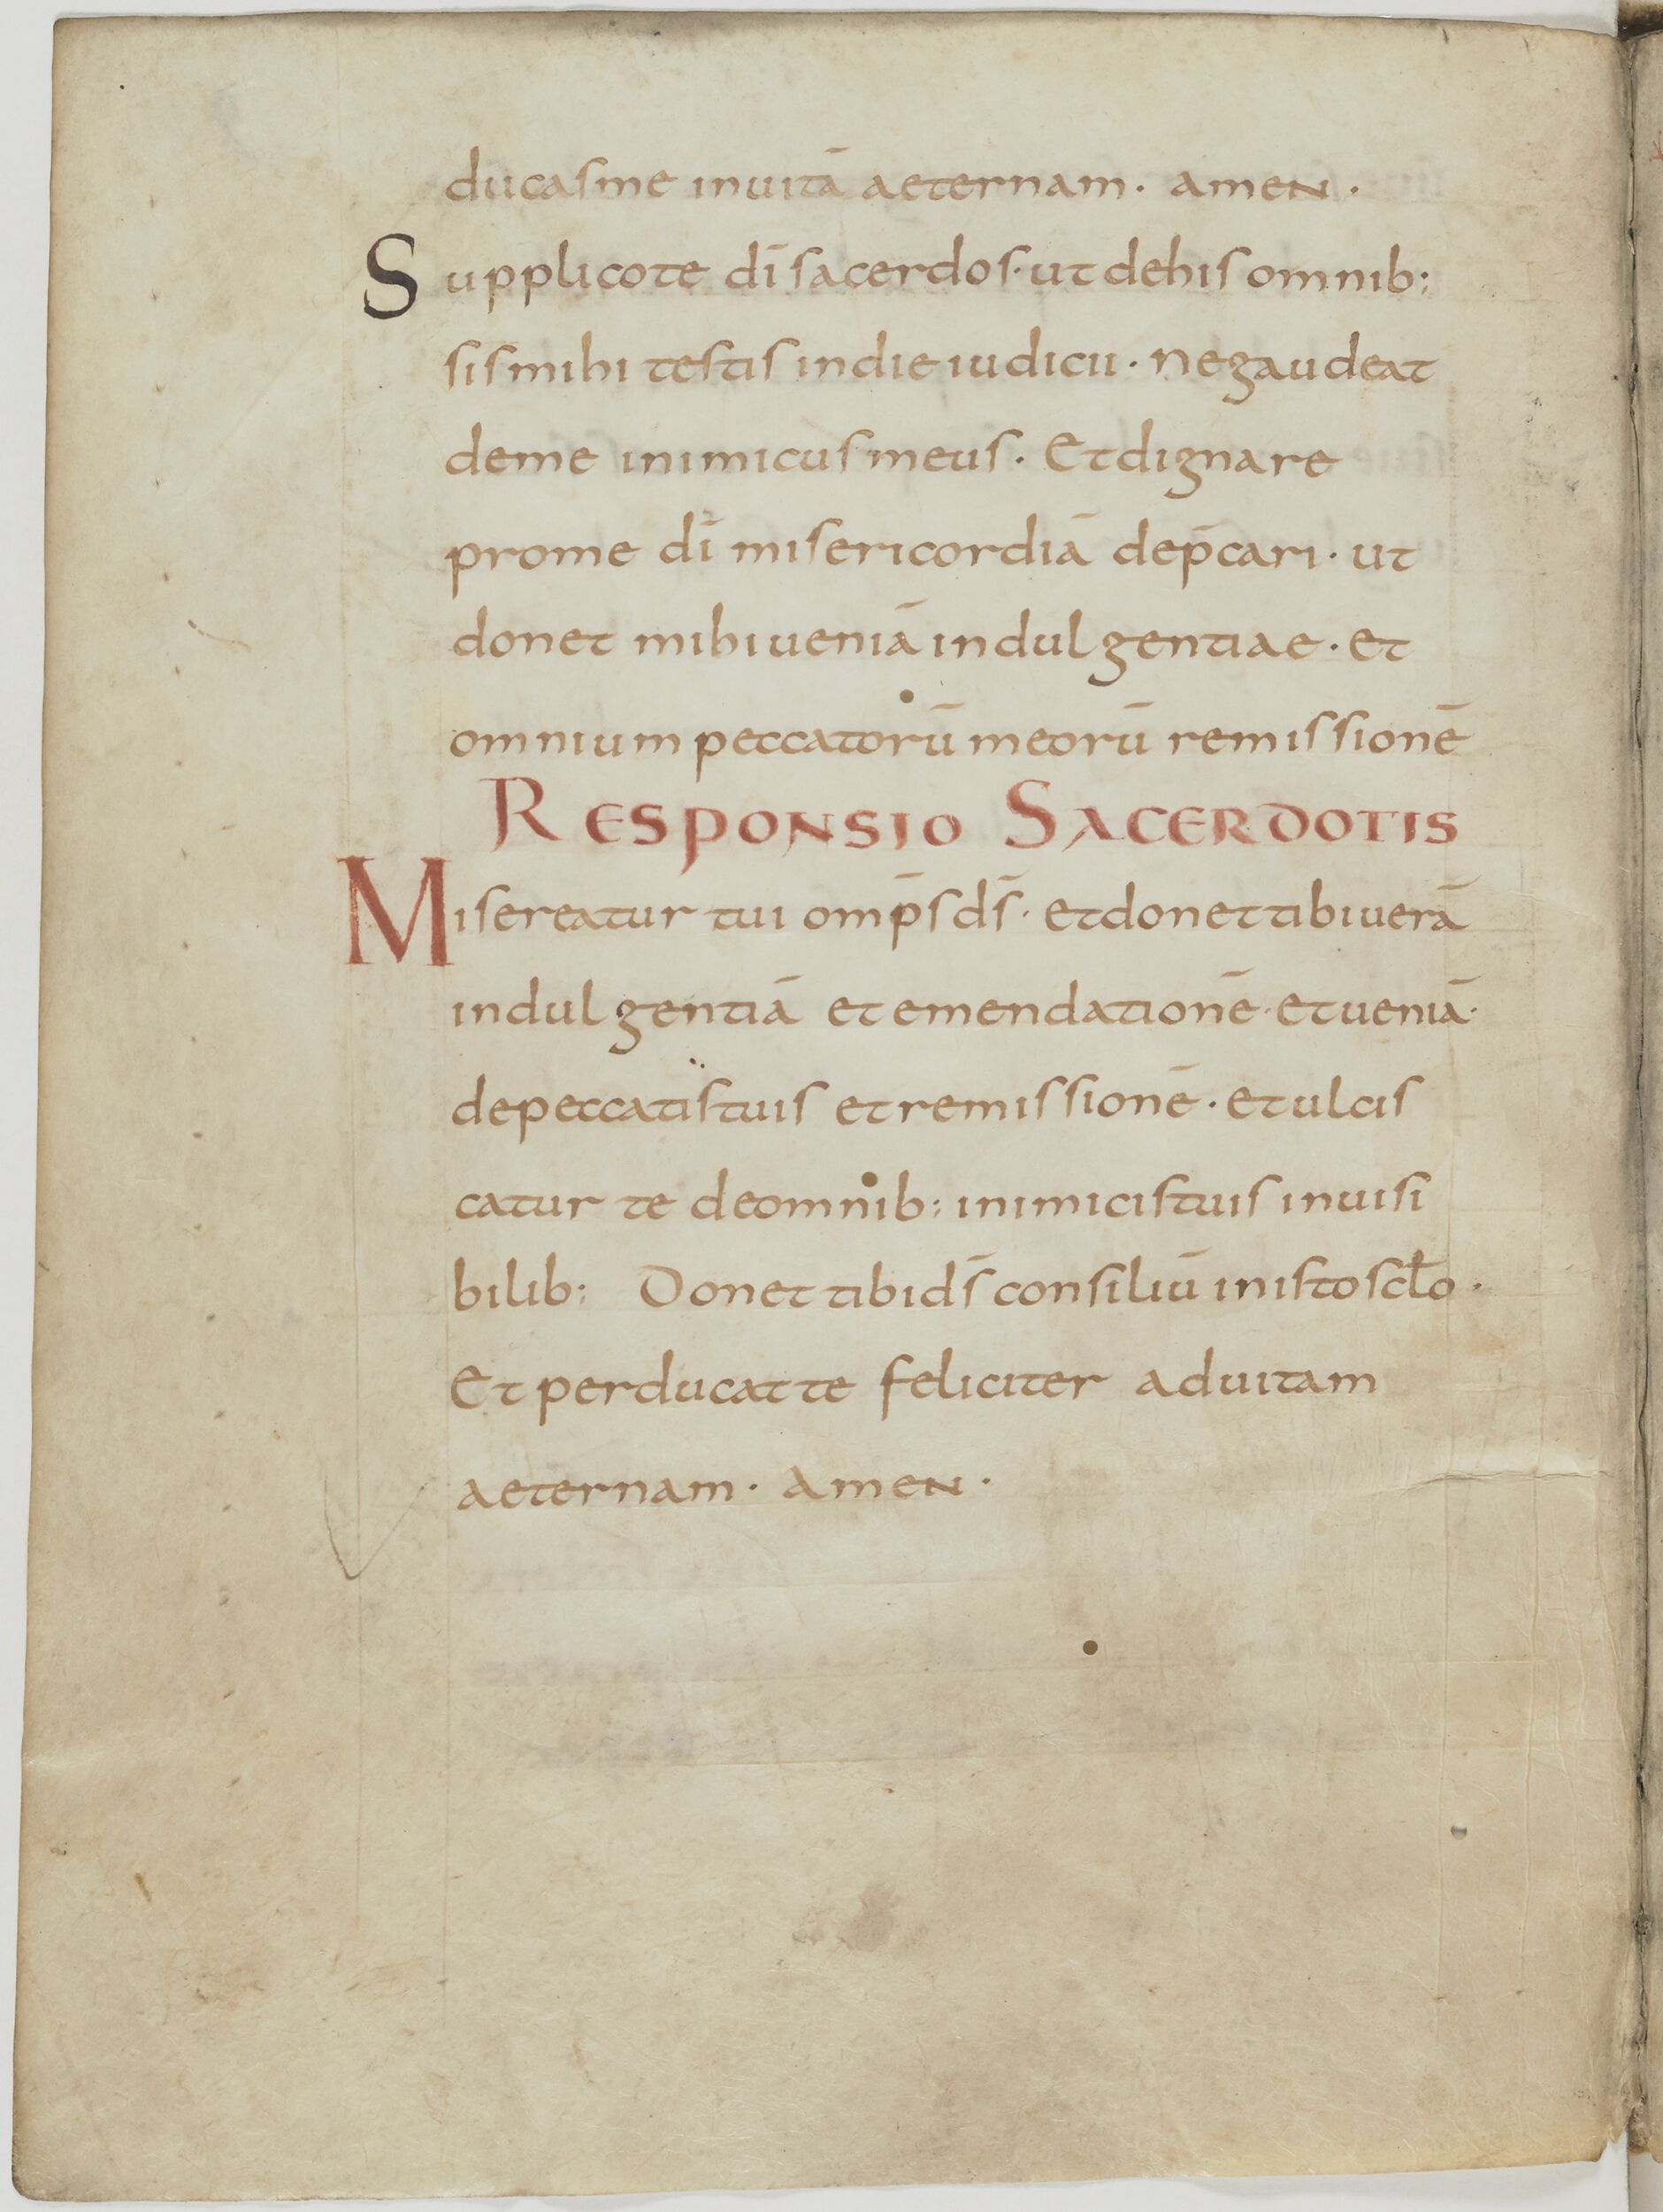
Shelfmark: Paris, BnF, lat. 13388
Century: 9